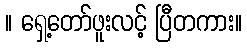
။ ရှေ့တော်ဖူးလင့် ပြီတကား။